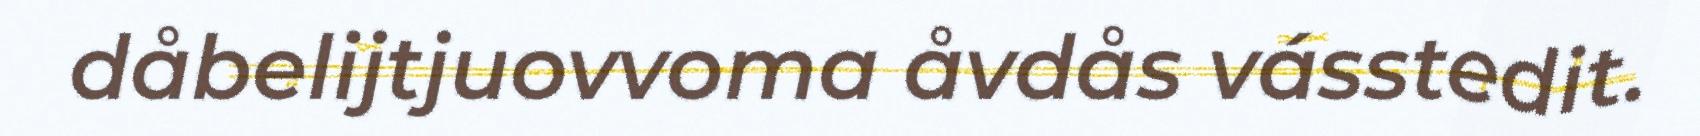
dåbelijtjuovvoma åvdås vásstedit.